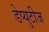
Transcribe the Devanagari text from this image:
डेप्युटीज